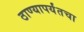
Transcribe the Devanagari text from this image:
ठाण्यापर्यंतचा